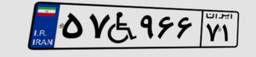
۰۳W۴۹۹۲۹